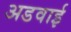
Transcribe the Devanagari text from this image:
अडवाई